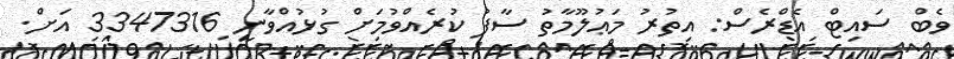
ވެބް ސައިޓް އެޑްރެސް: އިތުރު މަޢުލޫމާތު ސާފު ކުރެއްވުމަށް ގުޅުއްވާނީ 3347316 އަށް.